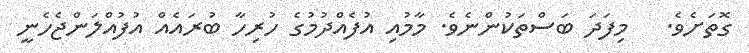
ގޮތަށެވެ.   މިފަދަ ބަސްތަކުންނެވެ. މާމުއި އުފެއްދުމުގެ ހުރިހާ ބުރައެއް އުފުއްލަންޖެހެނީ